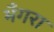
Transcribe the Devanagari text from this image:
भँगरा